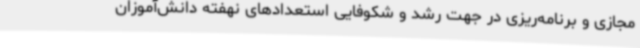
مجازی و برنامه‌ریزی در جهت رشد و شکوفایی استعدادهای نهفته دانش‌آموزان